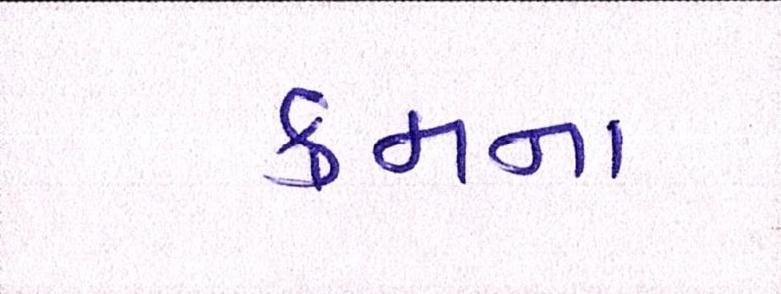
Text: ક્રમના